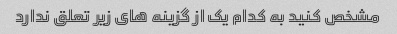
مشخص کنید به کدام یک از گزینه های زیر تعلق ندارد